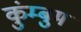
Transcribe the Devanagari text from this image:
कुंम्बुम